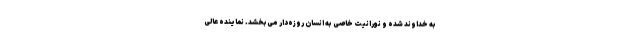
به خداوند شده و نورانیت خاصی به انسان روزه‌دار می‌بخشد. نماینده عالی